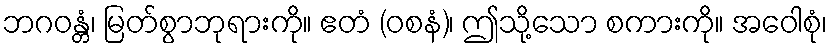
ဘဂဝန္တံ၊ မြတ်စွာဘုရားကို။ ဧတံ (ဝစနံ)၊ ဤသို့သော စကားကို။ အဝေါစုံ၊